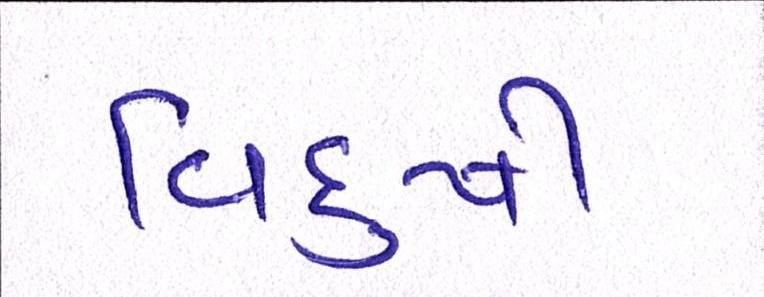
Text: વિદુષી